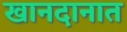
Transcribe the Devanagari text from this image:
खानदानात